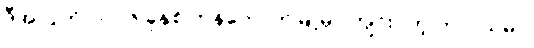
ဒီအတွက် ၂၀၀၆ ခုနှစ် ဘန်ကောက်မြို့မှာ ကျင်းပတဲ့ ကုလသမဂ္ဂ